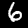
Digit: 6